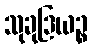
သုခုဒြယဉ္စ